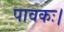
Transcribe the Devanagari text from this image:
पावकः।